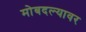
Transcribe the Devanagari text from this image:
मोबदल्यावर